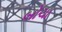
બોચા